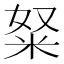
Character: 𱸺